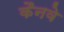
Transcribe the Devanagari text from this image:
कैनवे